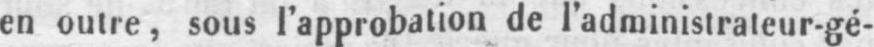
en outre, sous l’approbation de l’administrateur-gé-